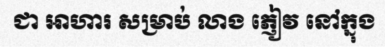
ជា អាហារ សម្រាប់ លាង ភ្ញៀវ នៅក្នុង